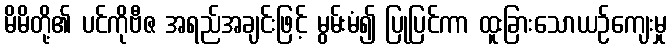
မိမိတို့၏ ပင်ကိုဗီဇ အရည်အချင်းဖြင့် မွမ်းမံ၍ ပြုပြင်ကာ ထူးခြားသောယဉ်ကျေးမှု